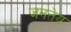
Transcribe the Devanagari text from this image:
जनतेय